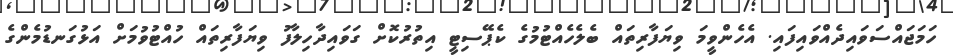
ހަމަޖައްސަވައިދެއްވައިފައި. އެހެންވީމަ ވިޔަފާރިތައް ބެލެހެއްޓުމުގެ ކެޕޭސިޓީ އިތުރުކޮށް ގަވައިދާހިލާފު ވިޔަފާރިތައް ހުއްޓުވުމަށް އަޅުގަނޑުމެންގެ